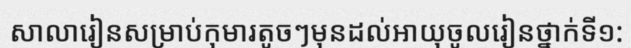
សាលារៀនសម្រាប់កុមារតូចៗមុនដល់អាយុចូលរៀនថ្នាក់ទី១: